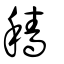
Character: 穡